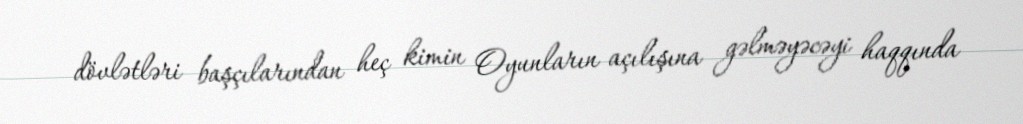
dövlətləri başçılarından heç kimin Oyunların açılışına gəlməyəcəyi haqqında